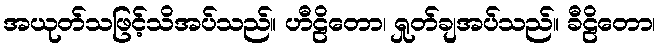
အယုတ်သဖြင့်သိအပ်သည်။ ဟီဠိတော၊ ရှုတ်ချအပ်သည်။ ခီဠိတော၊